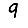
Digit: 9